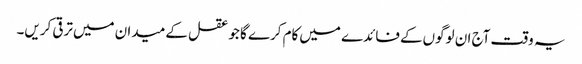
یہ وقت آج ان لوگوں‌کے فائدے میں‌کام کرے گا جو عقل کے میدان میں‌ترقی کریں۔